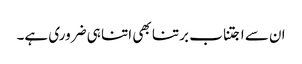
ان سے اجتناب برتنا بھی اتنا ہی ضروری ہے۔